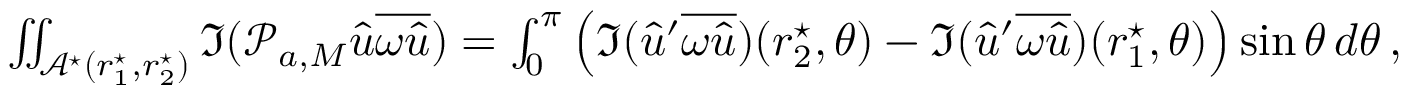
\begin{array} { r } { \iint _ { \mathcal { A } ^ { \star } ( r _ { 1 } ^ { \star } , r _ { 2 } ^ { \star } ) } \mathfrak { I } ( \mathcal { P } _ { a , M } { \widehat { u } } \overline { { \omega { \widehat { u } } } } ) = \int _ { 0 } ^ { \pi } \left( \mathfrak { I } ( { \widehat { u } } ^ { \prime } \overline { { \omega { \widehat { u } } } } ) ( r _ { 2 } ^ { \star } , \theta ) - \mathfrak { I } ( { \widehat { u } } ^ { \prime } \overline { { \omega { \widehat { u } } } } ) ( r _ { 1 } ^ { \star } , \theta ) \right) \sin \theta \, d \theta \, , } \end{array}